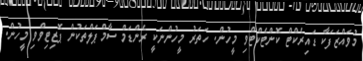
މުވައްޒަފަކާ ޑައިރެކްޓް ކޮންޓެކްޓްވި މީހުން. ހަތަރު މީހުންނަކީ ރެންޑަމް ސާމްޕަލްތަކުން ޕޮޒިޓިވްވި މީހުން.